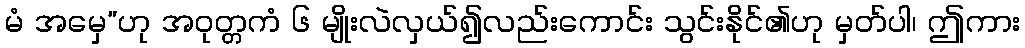
မံ အမှေ”ဟု အဝုတ္တကံ ၆ မျိုးလဲလှယ်၍လည်းကောင်း သွင်းနိုင်၏ဟု မှတ်ပါ၊ ဤကား